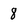
Character: 8